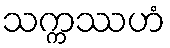
သက္ကဿဟံ